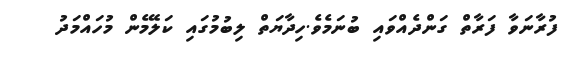
ފުރާނަވާ ފަރާތް ގަންދެއްވައި ބުނަމެވެ.ހިދާޔަތް ލިބުމުގައި ކަަލޭމެން މުހައްމަދުު